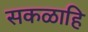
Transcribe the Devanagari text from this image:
सकळाहि